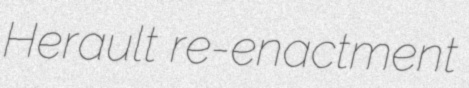
Herault re-enactment